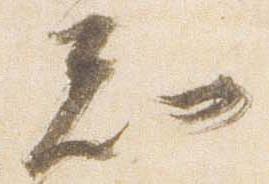
知